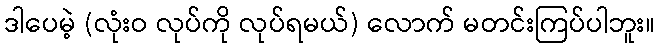
ဒါပေမဲ့ (လုံးဝ လုပ်ကို လုပ်ရမယ်) လောက် မတင်းကြပ်ပါဘူး။